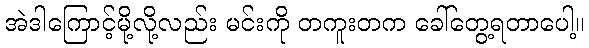
အဲဒါကြောင့်မို့လို့လည်း မင်းကို တကူးတက ခေါ်တွေ့ရတာပေါ့။